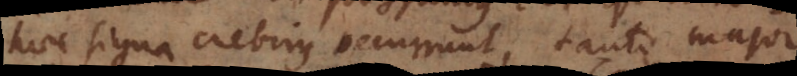
haec signa crebrius occurrunt, tanto major